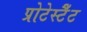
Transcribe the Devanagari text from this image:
प्रोटेस्टैँट